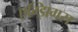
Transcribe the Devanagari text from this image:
एग्झिगस